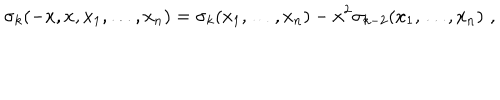
\sigma _ { k } ( - x , x , x _ { 1 } , \ldots , x _ { n } ) = \sigma _ { k } ( x _ { 1 } , \ldots , x _ { n } ) - x ^ { 2 } \sigma _ { k - 2 } ( x _ { 1 } , \ldots , x _ { n } ) \, \, ,